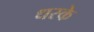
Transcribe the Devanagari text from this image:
धरके